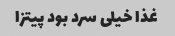
غذا خیلی سرد بود پیتزا